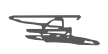
Text: a
Cross-out: scratch
Writing tool: digital_gray